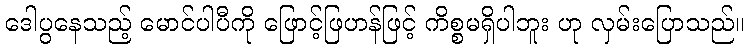
ဒေါပွနေသည့် မောင်ပါပီကို ဖြောင့်ဖြဟန်ဖြင့် ကိစ္စမရှိပါဘူး ဟု လှမ်းပြောသည်။